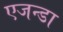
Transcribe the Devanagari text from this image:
एजन्डा